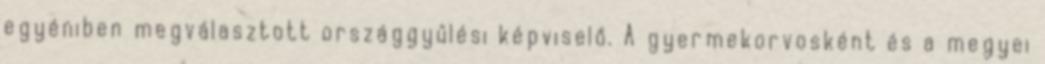
egyéniben megválasztott országgyűlési képviselő. A gyermekorvosként és a megyei